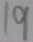
1 9